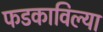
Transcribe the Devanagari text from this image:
फडकाविल्या